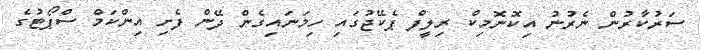
ސަރުކާރުން ނެރުނު އިކޮނޮމިކް ރިލީފް ޕެކޭޖުގައި ހިމަނައިގެން ދޭން ފެށި އިންކަމް ސްޕޯޓުގެ